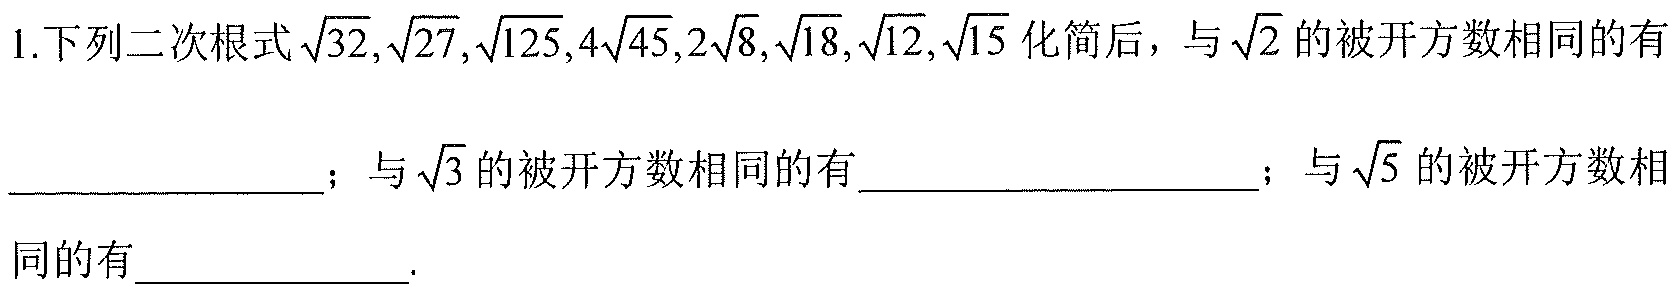
1.下列二次根式\(\sqrt{32},\sqrt{27},\sqrt{125},4\sqrt{45},2\sqrt{8},\sqrt{18},\sqrt{12},\sqrt{15}\)化简后，与\(\sqrt{2}\)的被开方数相同的有______________；与\(\sqrt{3}\)的被开方数相同的有__________________；与\(\sqrt{5}\)的被开方数相同的有____________.